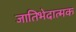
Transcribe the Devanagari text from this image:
जातिभेदात्मक